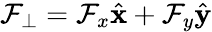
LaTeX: \mathcal{F}_{\perp}=\mathcal{F}_{x}\hat{\mathbf{x}}+\mathcal{F}_{y}\hat{\mathbf{y}}